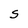
Character: S